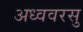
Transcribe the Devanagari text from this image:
अध्ववरसु